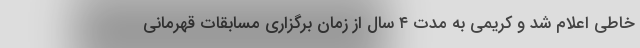
خاطی اعلام شد و کریمی به مدت ٤ سال از زمان برگزاری مسابقات قهرمانی